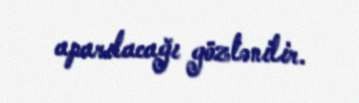
aparılacağı gözlənilir.